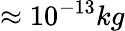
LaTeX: \approx 10^{-13}kg